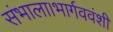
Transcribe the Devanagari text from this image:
संभाला।भार्गववंशी